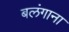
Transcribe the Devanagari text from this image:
बलंगाना